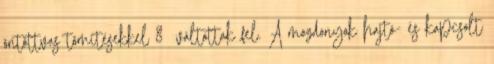
öntöttvas tömítésekkel 8 váltottak fel. A mozdonyok hajtó- és kapcsolt